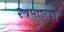
રજવાડાએ